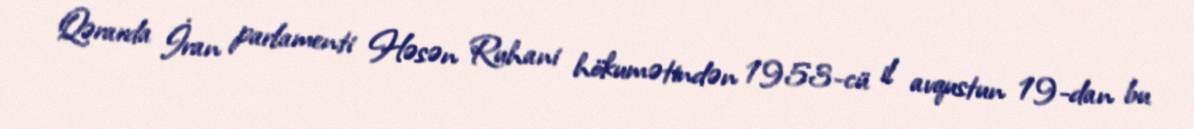
Qərarda İran parlamenti Həsən Ruhani hökumətindən 1953-cü il avqustun 19-dan bu